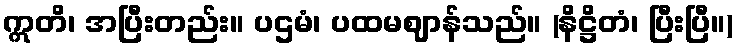
ဣတိ၊ အပြီးတည်း။ ပဌမံ၊ ပထမဈာန်သည်။ (နိဋ္ဌိတံ၊ ပြီးပြီ။)